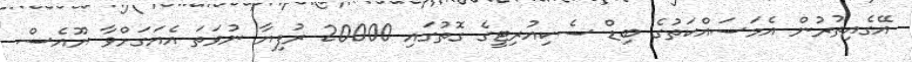
އޭގެއިތުރުން އެމަސައްކަތުގެ ބިޑް ސެކިއުރިޓީގެ ގޮތުގައި 20000 ރުފިޔާ ނުވަތަ އެއަގަަށްވާ ޔޫއެސް